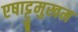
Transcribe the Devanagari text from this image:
एषाट्टुमुखम